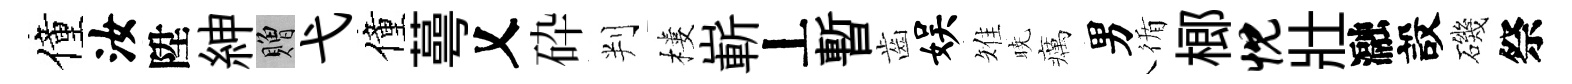
僮汝陞紳贈弋僮蕚乂砕判樓嶄丄暫齒娱雉暁癘男循榔忱壯瀜設磯祭